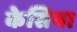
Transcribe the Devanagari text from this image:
केसिया